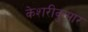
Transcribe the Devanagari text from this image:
केशरीकुमार